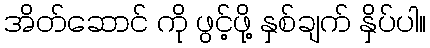
အိတ်ဆောင် ကို ဖွင့်ဖို့ နှစ်ချက် နှိပ်ပါ။